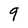
Character: 9